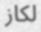
لكاز